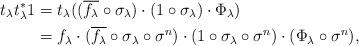
LaTeX: \begin{align*}t_\lambda t_\lambda^* 1 & = t_\lambda ((\overline{f_\lambda} \circ \sigma_\lambda) \cdot (1 \circ \sigma_\lambda) \cdot \Phi_\lambda ) \\&= f_\lambda \cdot (\overline{f_\lambda} \circ \sigma_\lambda \circ \sigma^n) \cdot (1 \circ \sigma_\lambda \circ \sigma^n) \cdot (\Phi_\lambda \circ \sigma^n),\end{align*}